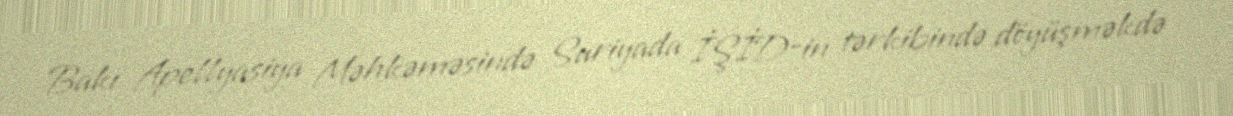
Bakı Apellyasiya Məhkəməsində Suriyada İŞİD-in tərkibində döyüşməkdə